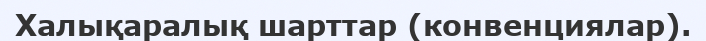
Халықаралық шарттар (конвенциялар).